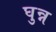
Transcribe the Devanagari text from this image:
घुन्न